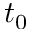
t _ { 0 }